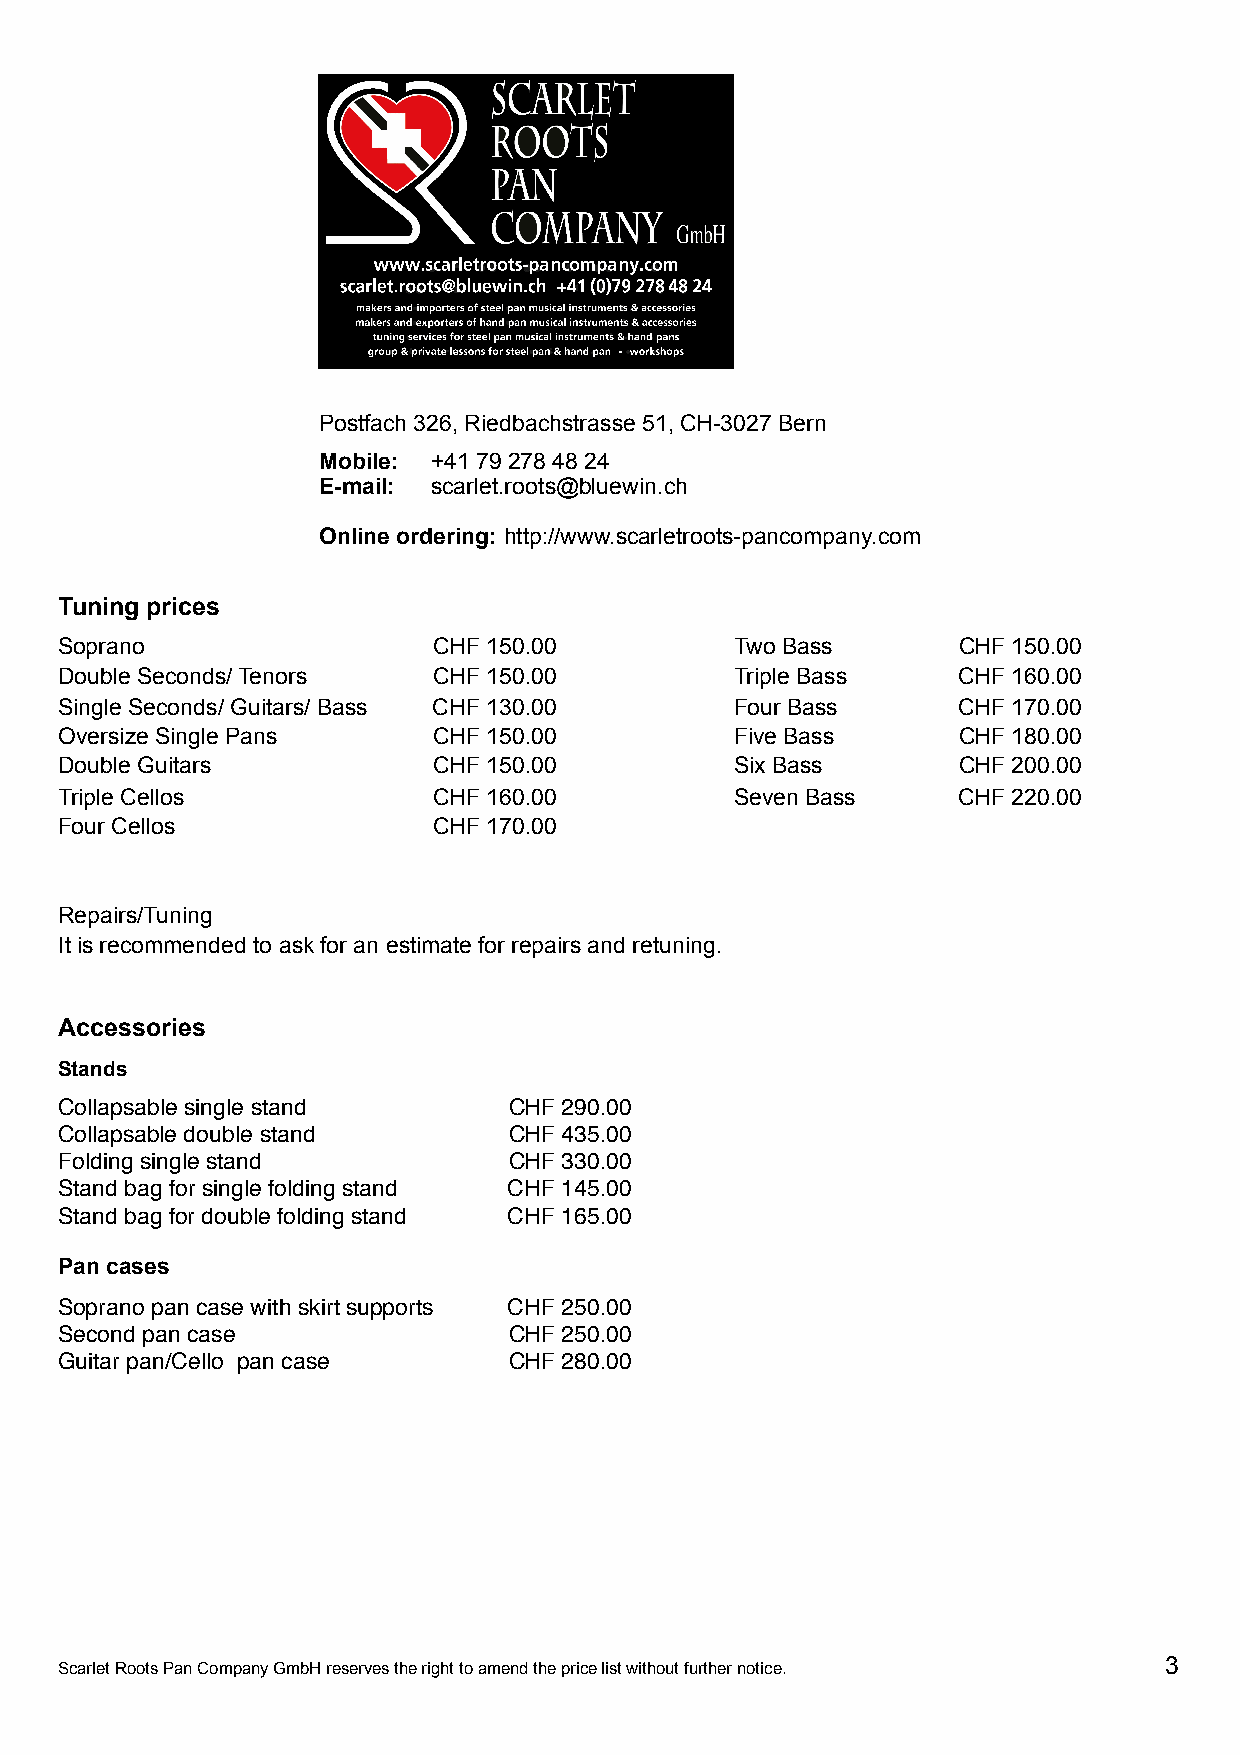
Postfach 326, Riedbachstrasse 51, CH-3027 Bern
 Mobile: +41 79 278 48 24
 E-mail: scarlet.roots@bluewin.ch
 Online ordering: http://www.scarletroots-pancompany.com
 Tuning prices
 Soprano                  CHF 150.00          Two Bass      CHF 150.00
 Double Seconds/ Tenors   CHF 150.00          Triple Bass   CHF 160.00
 Single Seconds/ Guitars/ Bass CHF 130.00     Four Bass     CHF 170.00
 Oversize Single Pans     CHF 150.00          Five Bass     CHF 180.00
 Double Guitars           CHF 150.00          Six Bass      CHF 200.00
 Triple Cellos            CHF 160.00          Seven Bass    CHF 220.00
 Four Cellos              CHF 170.00
 Repairs/Tuning
 It is recommended to ask for an estimate for repairs and retuning.
 Accessories
 Stands
 Collapsable single stand      CHF 290.00
 Collapsable double stand      CHF 435.00
 Folding single stand          CHF 330.00
 Stand bag for single folding stand CHF 145.00
 Stand bag for double folding stand CHF 165.00
 Pan cases
 Soprano pan case with skirt supports CHF 250.00
 Second pan case               CHF 250.00
 Guitar pan/Cello pan case     CHF 280.00
 3
 Scarlet Roots Pan Company GmbH reserves the right to amend the price list without further notice.